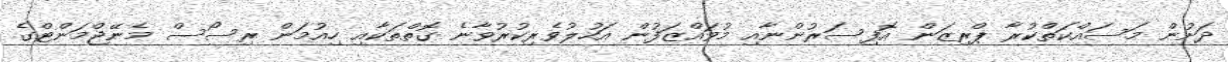
ދަށުން މަސައްކަތްކުރާ ޕްރިޒަން އޮފިސަރުންނާއި މުވައްޒަފުން އަހުލުވެރިކުރުވާނެ ގޮތްތަކާއި ހިއުމަން ރިސޯސް މެނޭޖްމަންޓްގެ